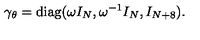
\gamma _ { \theta } = \mathrm { d i a g } ( \omega I _ { N } , \omega ^ { - 1 } I _ { N } , I _ { N + 8 } ) .